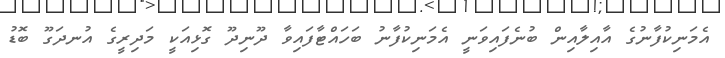
އެމަނިކުފާނުގެ އާއިލާއިން ބުނެފައިވަނީ އެމަނިކުފާނު ބަހައްޓާފައިވާ ދޫނިދޫ ގޮޅިއަކީ މަދިރީގެ އުނދަގޫ ބޮޑު